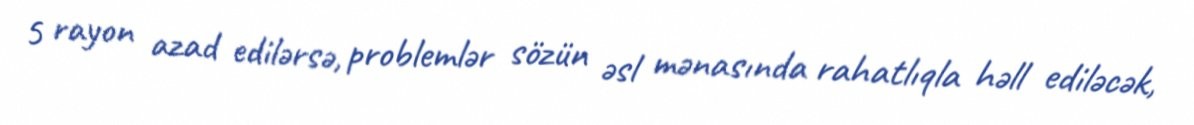
5 rayon azad edilərsə, problemlər sözün əsl mənasında rahatlıqla həll ediləcək,